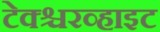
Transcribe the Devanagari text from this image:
टेक्श्चरव्हाइट